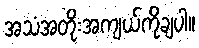
အသံအတိုးအကျယ်ကိုချပါ။